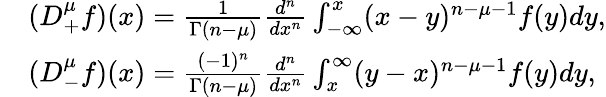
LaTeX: \begin{array}{rl}&{(D_{+}^{\mu}f)(x)=\frac{1}{\Gamma(n-\mu)}\frac{d^{n}}{dx^{n}}\int_{-\infty}^{x}(x-y)^{n-\mu-1}f(y)dy,}\\ &{(D_{-}^{\mu}f)(x)=\frac{(-1)^{n}}{\Gamma(n-\mu)}\frac{d^{n}}{dx^{n}}\int_{x}^{\infty}(y-x)^{n-\mu-1}f(y)dy,}\end{array}